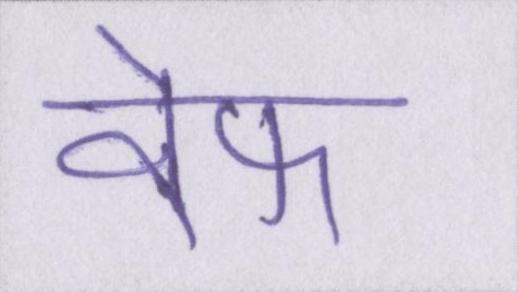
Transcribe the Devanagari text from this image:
वेफ